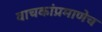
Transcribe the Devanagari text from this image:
वाचकांप्रमाणेच